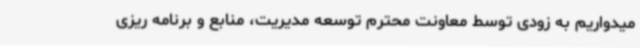
میدواریم به زودی توسط معاونت محترم توسعه مدیریت، منابع و برنامه ریزی